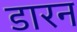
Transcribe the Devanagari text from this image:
डारन